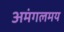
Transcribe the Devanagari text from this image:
अमंगलमय